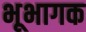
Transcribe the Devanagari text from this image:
भूभागक